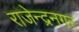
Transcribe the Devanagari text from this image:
राजेन्द्रनगर